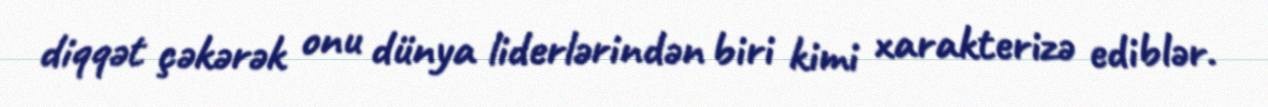
diqqət çəkərək onu dünya liderlərindən biri kimi xarakterizə ediblər.